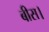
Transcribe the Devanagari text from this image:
बीस।